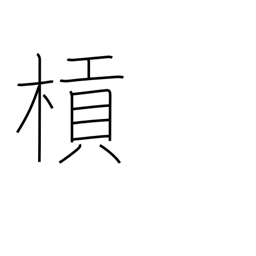
Meaning: lever